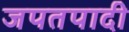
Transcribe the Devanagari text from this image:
जपतपादी